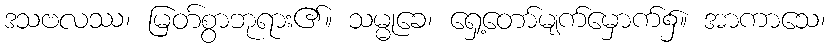
ဒသဗလဿ၊ မြတ်စွာဘုရား၏။ သမ္မုခေ၊ ရှေ့တော်မျက်မှောက်၌။ အာကာသေ၊